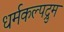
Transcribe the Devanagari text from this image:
धर्मकल्पद्रुम